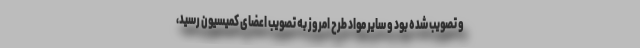
و تصویب شده بود و سایر مواد طرح امروز به تصویب اعضای کمیسیون رسید،